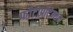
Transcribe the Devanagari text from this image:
फोटोप्रोटेक्शन